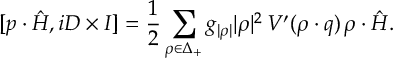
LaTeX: [ p \cdot \hat { H } , i { \cal D } \times I ] = { \frac { 1 } { 2 } } \sum _ { \rho \in \Delta _ { + } } { g _ { | \rho | } | \rho | ^ { 2 } } \, V ^ { \prime } ( \rho \cdot q ) \, \rho \cdot \hat { H } .